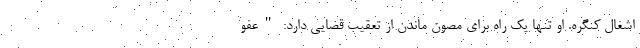
اشغال کنگره. او تنها یک راه برای مصون ماندن از تعقیب قضایی دارد: "عفو